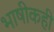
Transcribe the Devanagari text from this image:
भाषीकही